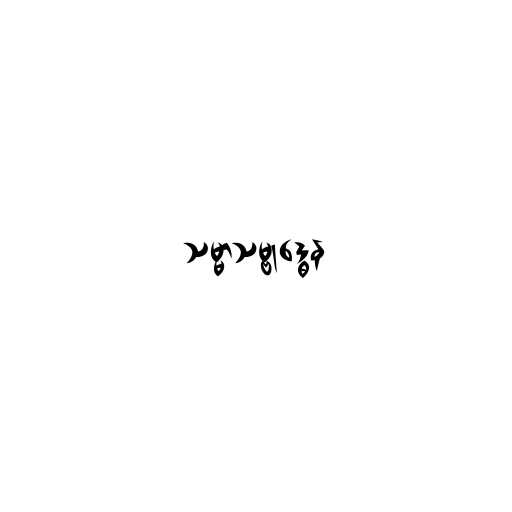
သမ္မာသမ္ဗုဒ္ဓေန